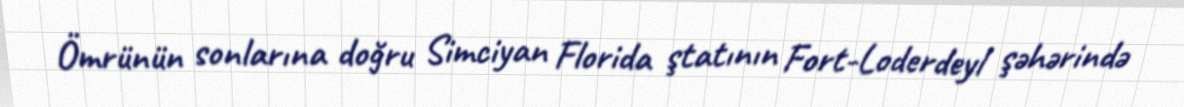
Ömrünün sonlarına doğru Simciyan Florida ştatının Fort-Loderdeyl şəhərində